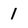
Character: 1